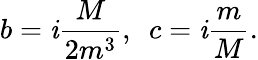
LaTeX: b=\mathit{i}\frac{{M}}{{2m^{3}}},\, \, \, c=\mathit{i}\frac{{m}}{{M}}.